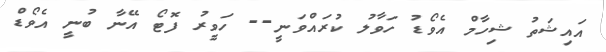
އައިޝަތު ޝިހާމް އެވޯޑު ހަވާލު ކުރައްވަނީ-- ހަވީރު ފޮޓޯ އޭނާ ބުނީ އެވޯޑް